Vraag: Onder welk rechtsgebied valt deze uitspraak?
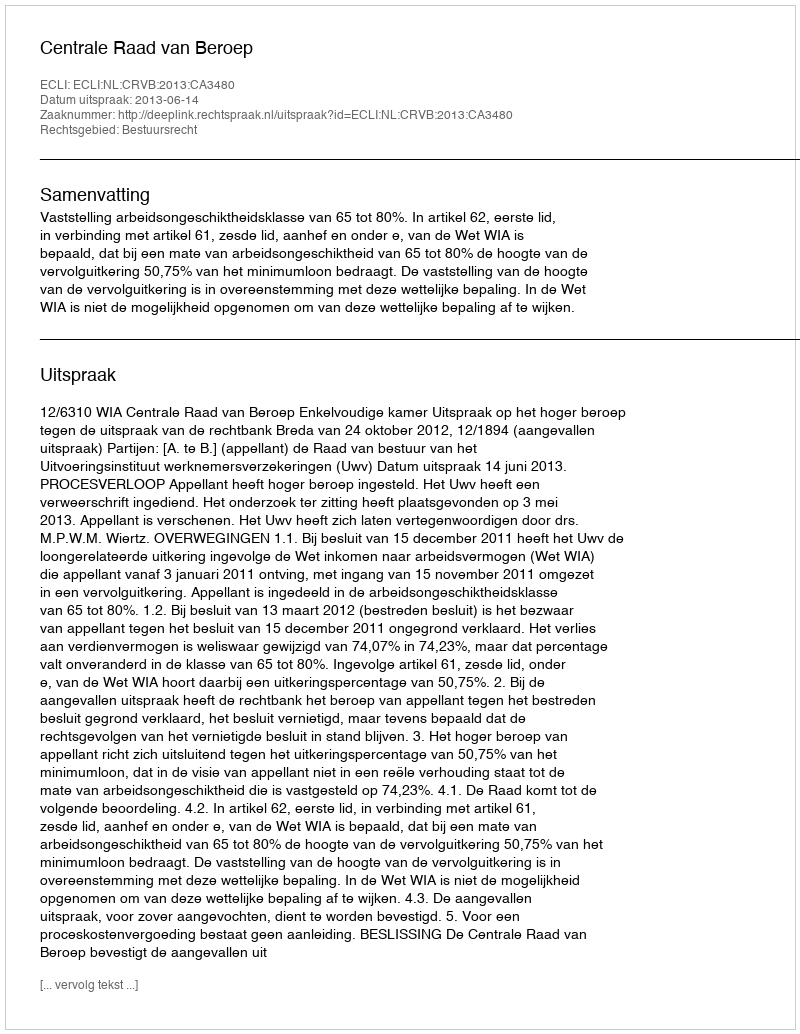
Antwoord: Bestuursrecht